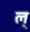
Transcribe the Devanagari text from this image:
ल्‌